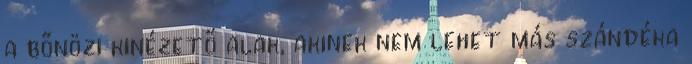
a bőnözı kinézető alak, akinek nem lehet más szándéka